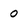
Character: 0